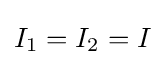
I_{1}=I_{2}=I